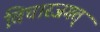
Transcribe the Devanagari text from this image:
विचारजगत्‌